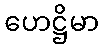
ဟေဋ္ဌိမာ